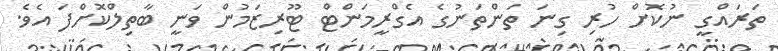
ތަރައްގީ ނުކޮށް ހުރި ގިނަ ތަންތަނުގެ އެގްރީމަންޓް ޓޫރިޒަމުން ވަނީ ބާތިލްކޮށްފަ އެވެ.